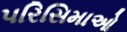
પરિસિમાઓ